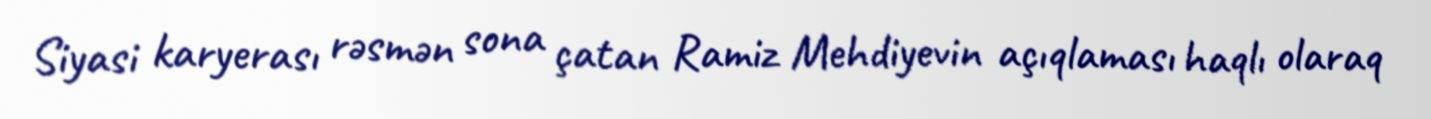
Siyasi karyerası rəsmən sona çatan Ramiz Mehdiyevin açıqlaması haqlı olaraq